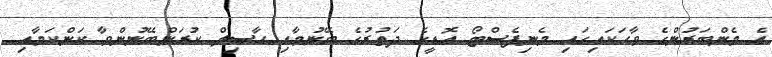
އެ މެންބަރުންގެ ވާހަކައިގައި މެނިފެސްޓޯ އޮޑީގެ ދަތުރުގެ ބޭނުމާއި ޙާޞިލް ކުރަންބޭނުންވާ ކަންކަމާއި